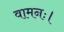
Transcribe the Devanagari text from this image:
वामनः।